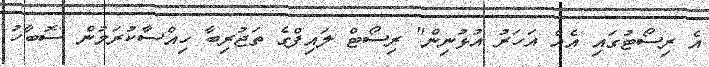
އެ ރިސޯޓުގައި އެއް އަހަރު އުޅުނިން" ރިސޯޓް ލައިފްގެ ތަޖުރިބާ ހިއްސާކުރަމުން ސޮބާހު